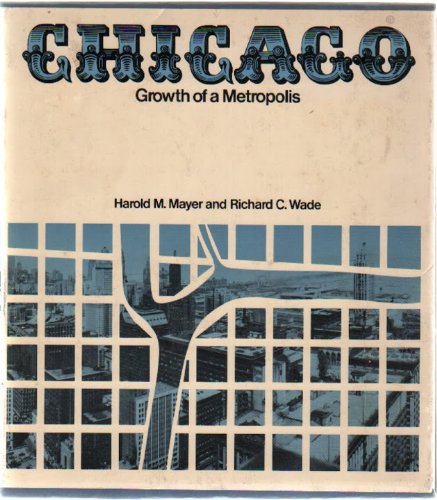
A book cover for Chicago: Growth of a Metropolis; Harold M. Mayer; Travel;